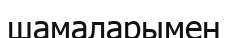
шамаларымен